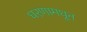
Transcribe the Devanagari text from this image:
धरणामधून